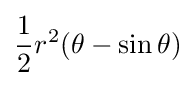
{\frac {1}{2}}r^{2}(\theta -\sin \theta )